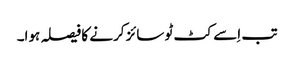
تب اِسے کٹ ٹو سائز کرنے کا فیصلہ ہوا۔